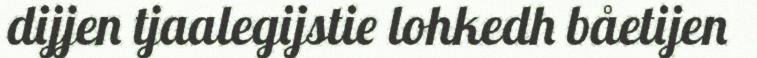
dijjen tjaalegijstie lohkedh båetijen